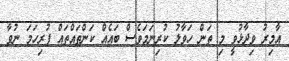
އާމިރު ވިދާޅުވީ މި ތަން ހަވާލު ކުރިނަމަވެސް ބައެއް ކަންތައްތައް ފުރިހަމަ ނުވާ